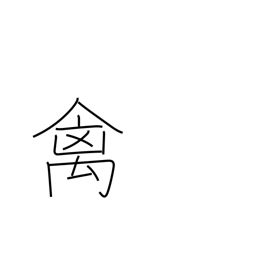
Meaning: bird